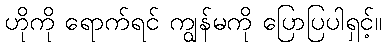
ဟိုကို ရောက်ရင် ကျွန်မကို ပြောပြပါရှင့်။